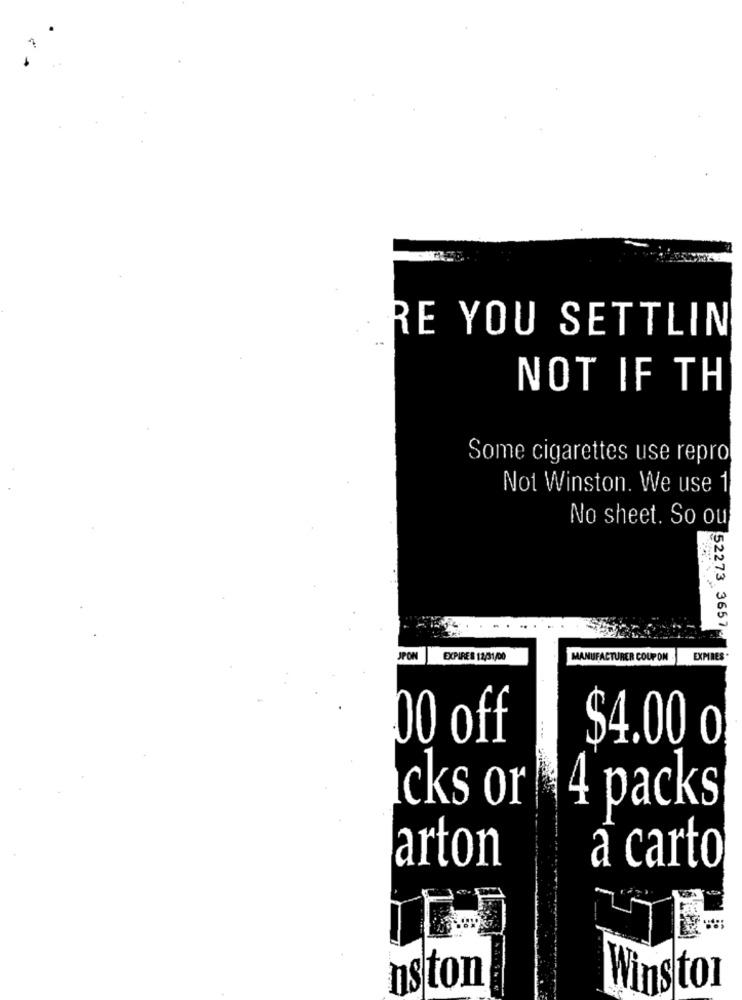
RE YOU SETTLIN
NOT IF TH
Some cigarettes use repro
Not Winston. We use 1
No sheet. So ou
52273 3657
JPON
EXPIRES 12/31/00
MANUFACTURER COUPON
EXPRES .
00 off
$4.00 0
cks or
4 packs
arton
a carto
ns ton
Winston